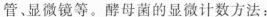
管、显微镜等。酵母菌的显微计数方法：